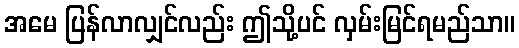
အမေ ပြန်လာလျှင်လည်း ဤသို့ပင် လှမ်းမြင်ရမည်သာ။